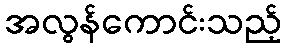
အလွန်ကောင်းသည့်